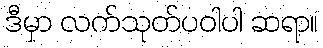
ဒီမှာ လက်သုတ်ပဝါပါ ဆရာ။